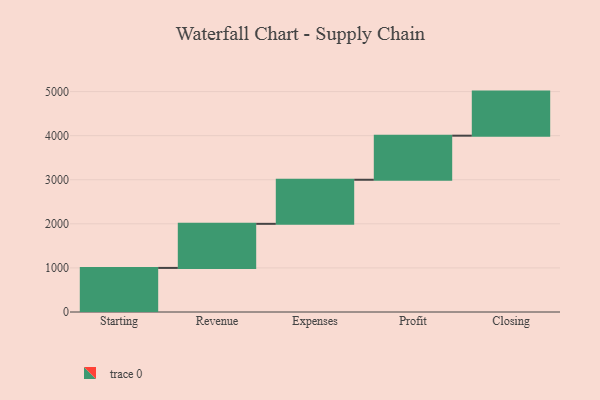
{"axis": {"x": "Step", "y": "Value"}, "legend": [""], "data": [{"x": "Starting", "y": 1000, "type": ""}, {"x": "Revenue", "y": 1000, "type": ""}, {"x": "Expenses", "y": 1000, "type": ""}, {"x": "Profit", "y": 1000, "type": ""}, {"x": "Closing", "y": 1000, "type": ""}]}